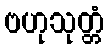
ဗဟုသုတ္တံ